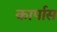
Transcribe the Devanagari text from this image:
कार्पास